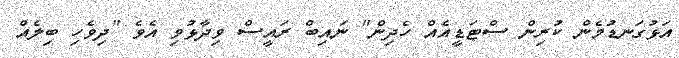
އަޅުގަނޑުމެން ކުރިން ސްޓަޑީއެއް ހެދިން" ނައިބް ރައީސް ވިދާޅުވި އެވެ "ދިވެހި ބިލެއް